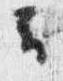
云